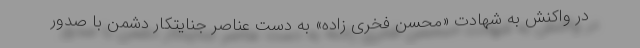
در واکنش به شهادت «محسن فخری زاده» به دست عناصر جنایتکار دشمن با صدور